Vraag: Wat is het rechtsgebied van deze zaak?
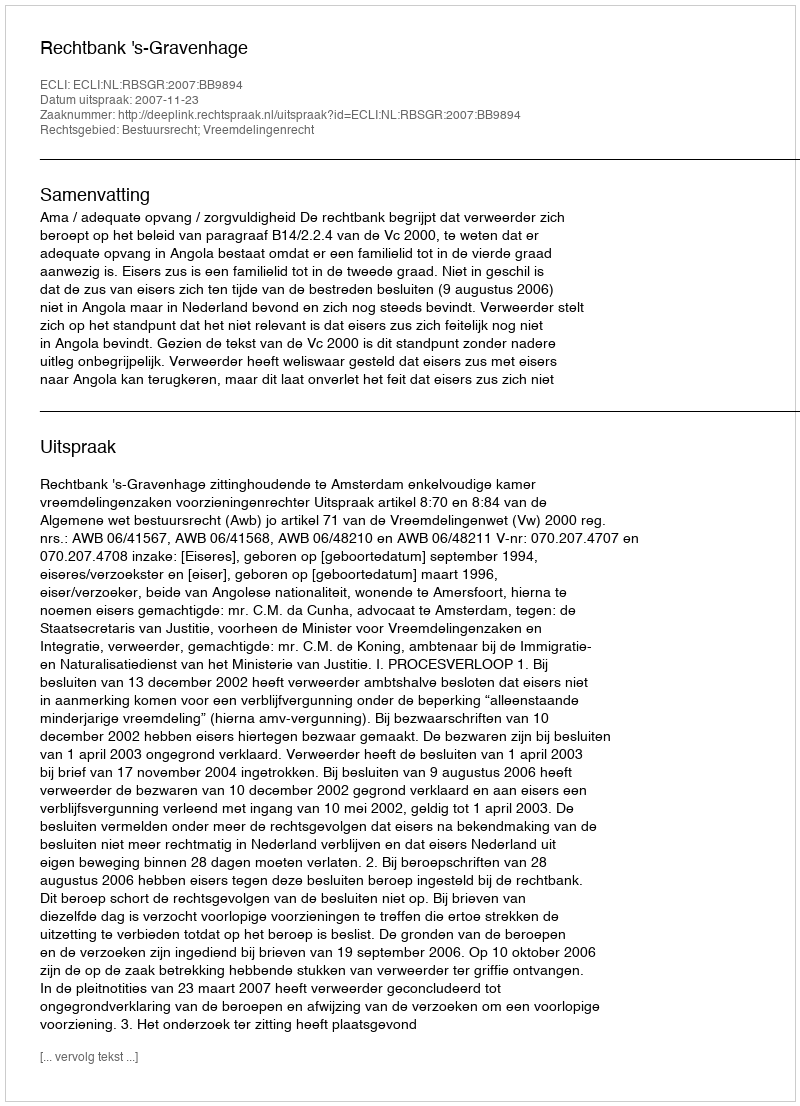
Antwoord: Bestuursrecht; Vreemdelingenrecht